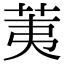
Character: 荑